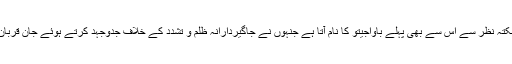
عوامی نکتہ نظر سے اس سے بھی پہلے باواجیتو کا نام آتا ہے جنہوں نے جاگیردارانہ ظلم و تشدد کے خلاف جدوجہد کرتے ہوئے جان قربان کردی۔